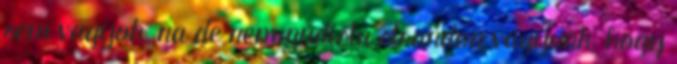
sem vagyok, na de nem nudista strandon vagyunk, hogy